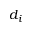
d _ { i }